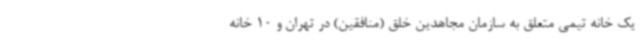
یک خانه تیمی متعلق به سازمان مجاهدین خلق (منافقین) در تهران و 10 خانه